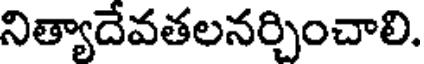
నిత్యాదేవతలనర్చించాలి.